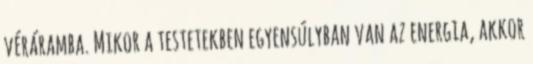
véráramba. Mikor a testetekben egyensúlyban van az energia, akkor